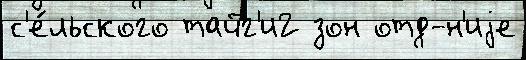
с'е́льского тайг'и2 зон отд-н'иjе